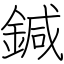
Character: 鍼